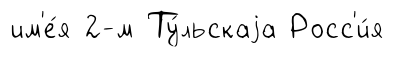
им'е́я 2-м Ту́льскаjа Росс'и́я